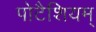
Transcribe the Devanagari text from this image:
पोटैशियम्‌